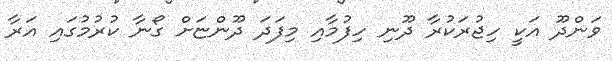
ވަންދޫ އަކީ ހިޖުރަކުރާ ދޫނި ހިފުމާއި މިފަދަ ދޫންޏަށް ގޯނާ ކުރުމުގައި އަރާ